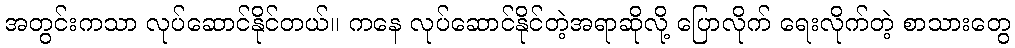
အတွင်းကသာ လုပ်ဆောင်နိုင်တယ်။ ကနေ လုပ်ဆောင်နိုင်တဲ့အရာဆိုလို့ ပြောလိုက် ရေးလိုက်တဲ့ စာသားတွေ